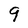
Character: 9